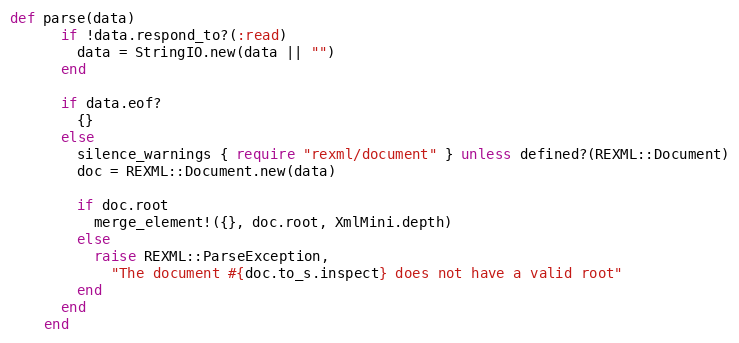
Language: Ruby
def parse(data)
      if !data.respond_to?(:read)
        data = StringIO.new(data || "")
      end

      if data.eof?
        {}
      else
        silence_warnings { require "rexml/document" } unless defined?(REXML::Document)
        doc = REXML::Document.new(data)

        if doc.root
          merge_element!({}, doc.root, XmlMini.depth)
        else
          raise REXML::ParseException,
            "The document #{doc.to_s.inspect} does not have a valid root"
        end
      end
    end